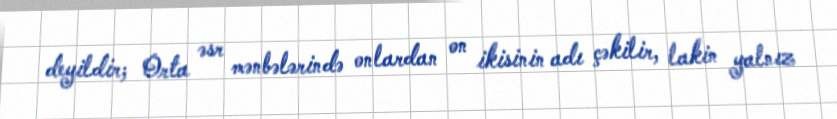
deyildir; Orta əsr mənbələrində onlardan on ikisinin adı çəkilir, lakin yalnız